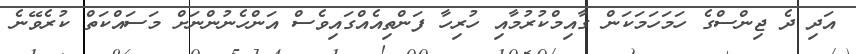
އަދި ދެ ޖިންސްގެ ހަމަހަމަކަން ގާއިމްކުރުމާއި ހުރިހާ ފަންތިއެއްގައިވެސް އަންހެނުންނަށް މަސައްކަތް ކުރެވޭނެ